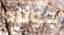
جوناه